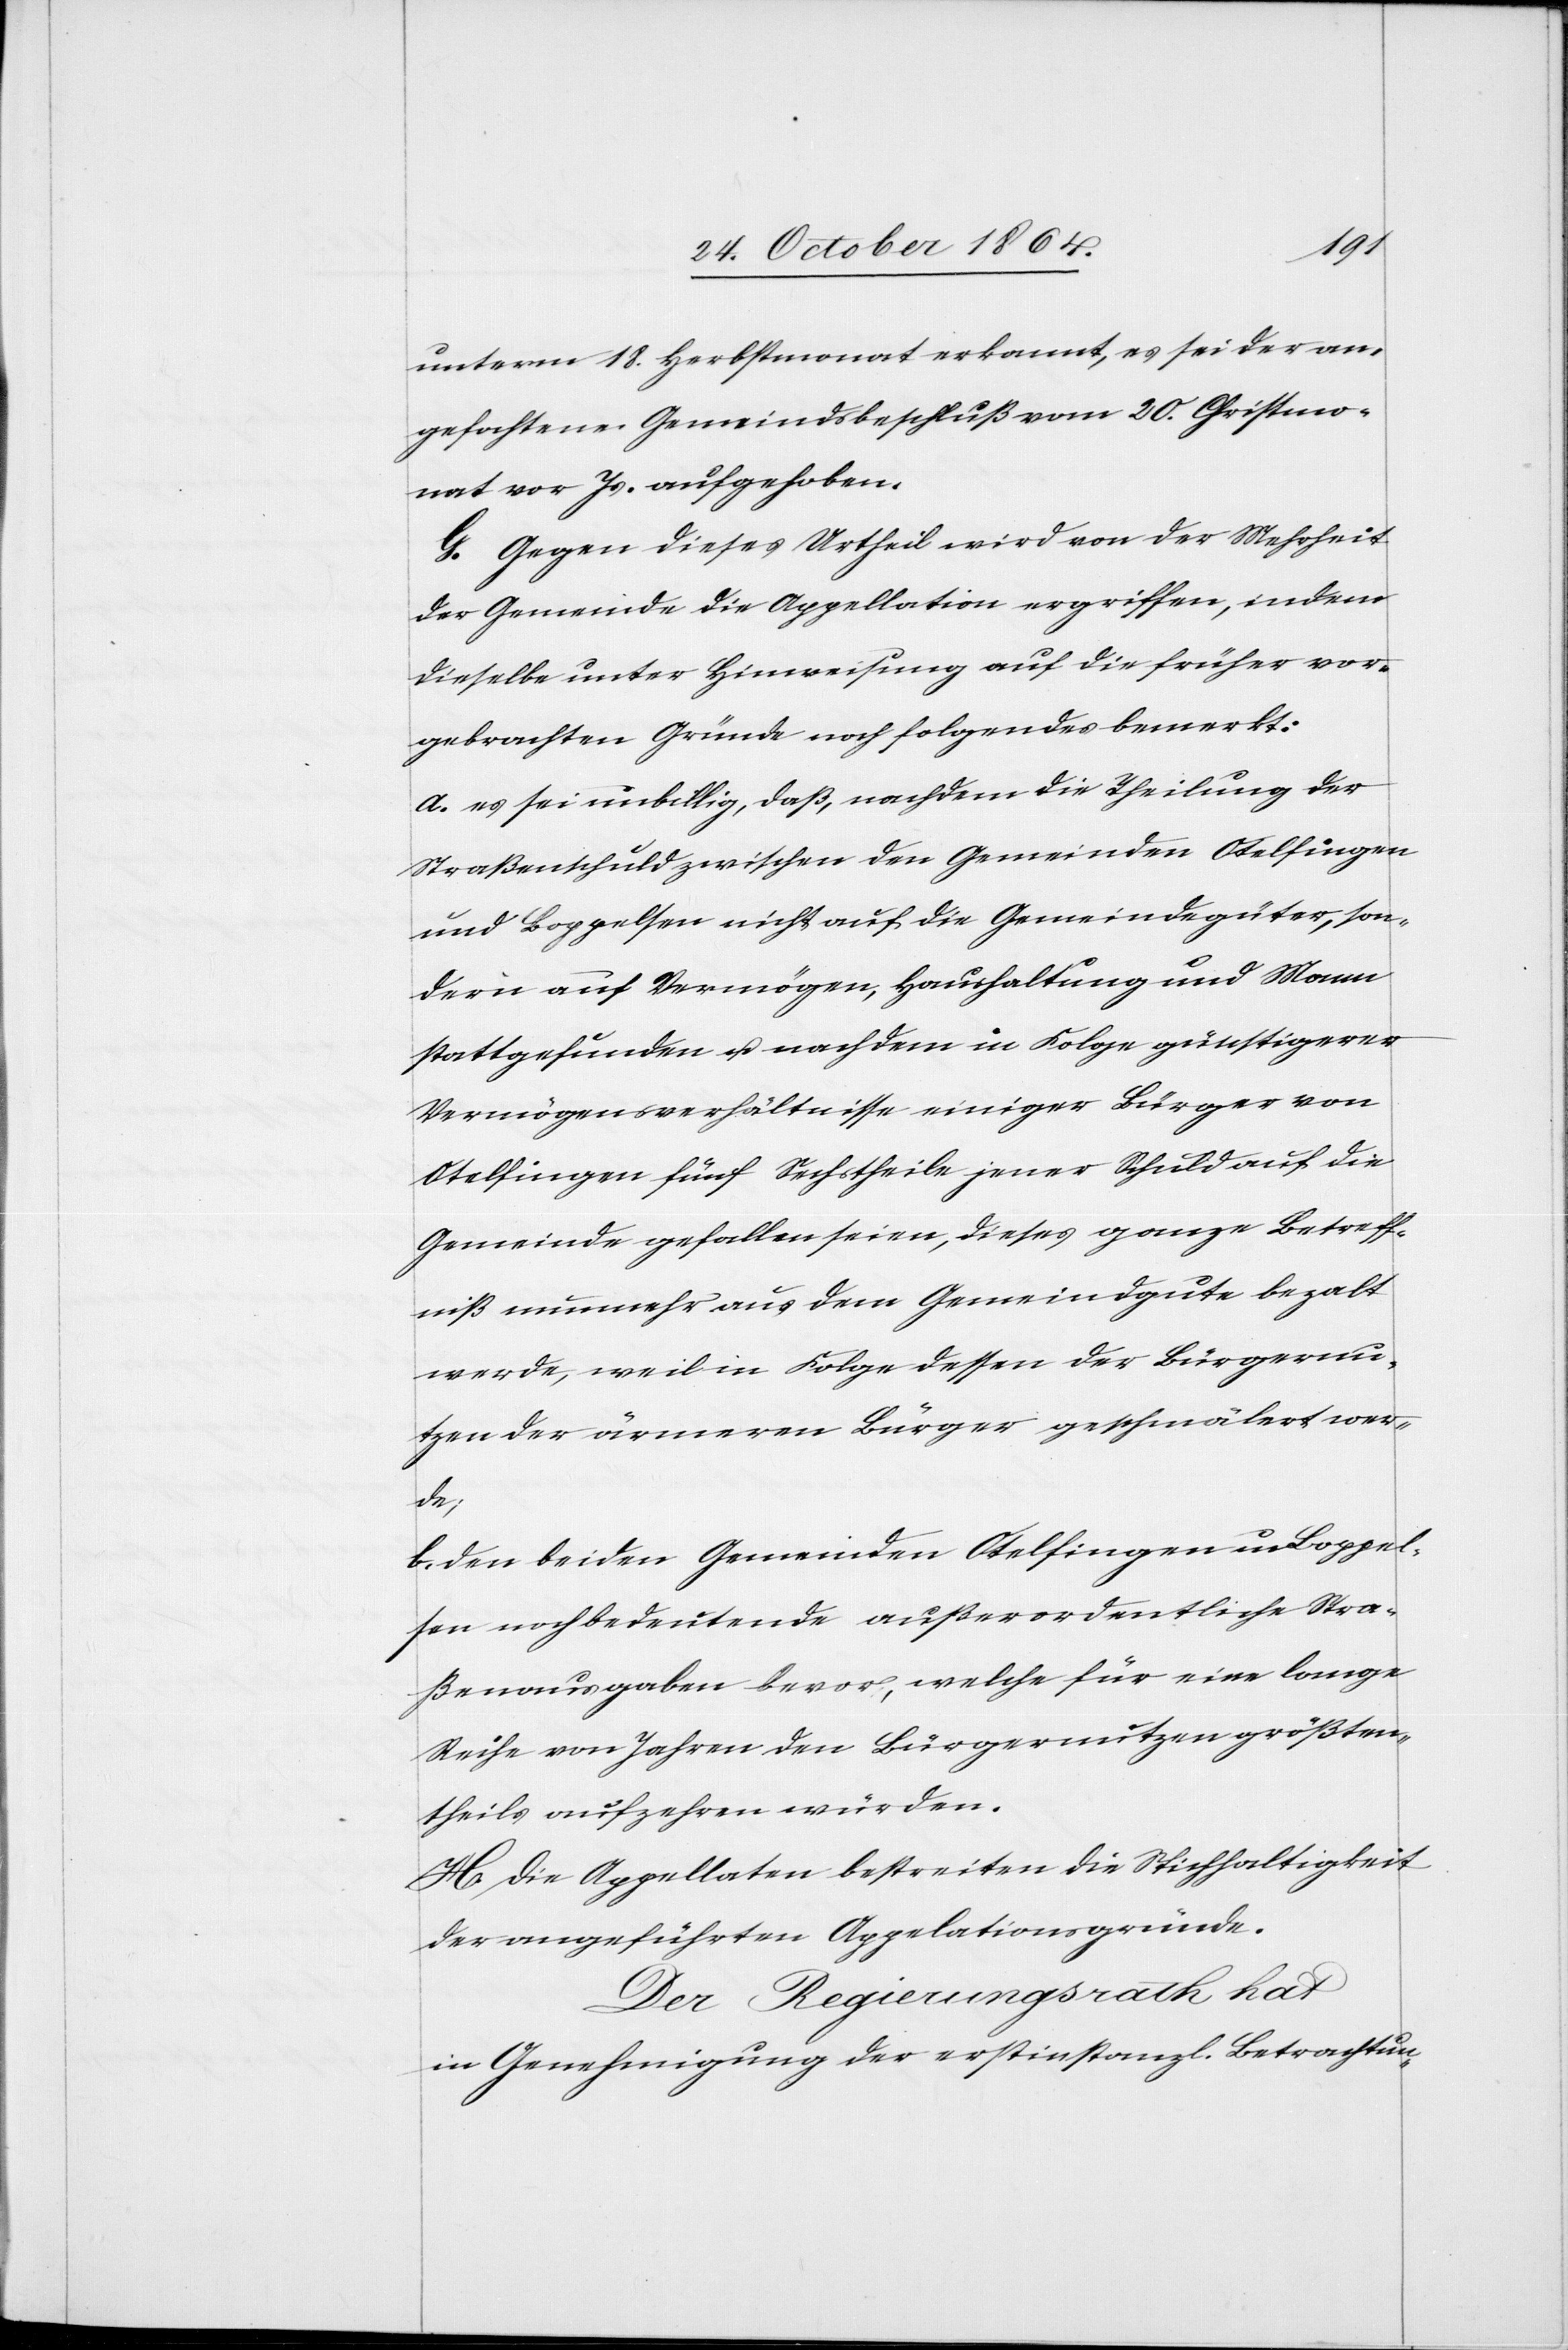
unterm 18. Herbstmonat erkannt, es sei der an¬
gefochtene Gemeindsbeschluß vom 20. Christmo¬
nat vor Js. aufgehoben.
G. Gegen dieses Urtheil wird von der Mehrheit
der Gemeinde die Appellation ergriffen, indem
dieselbe unter Hinweisung auf die früher vor¬
gebrachten Gründe noch folgendes bemerkt:
a. es sei unbillig, daß, nachdem die Theilung der
Straßenschuld zwischen den Gemeinden Otelfingen
und Boppelsen nicht auf die Gemeindegüter, son¬
dern auf Vermögen, Haushaltung und Mann
stattgefunden u. nachdem in Folge günstigerer
Vermögensverhältnisse einiger Bürger von
Otelfingen fünf Sechstheile jener Schuld auf die
Gemeinde gefallen seien, dieses ganze Betreff¬
niß nunmehr aus dem Gemeindgute bezalt
werde, weil in Folge dessen der Bürgernu¬
tzen der ärmeren Bürger geschmälert wer¬
de;
b. den beiden Gemeinden Otelfingen und Boppel¬
sen noch bedeutende außerordentliche Stra¬
ßenausgaben bevor, [sic!] welche für eine lange
Reihe von Jahren den Bürgernutzen größten¬
theils aufzehren würden.
H. Die Appellaten bestreiten die Stichhaltigkeit
der angeführten Appelationsgründe.
Der Regierungsrath hat
in Genehmigung der erstinstanzl. Betrachtun-